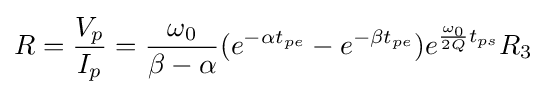
R={\frac {V_{p}}{I_{p}}}={\frac {\omega _{0}}{\beta -\alpha }}(e^{-\alpha t_{pe}}-e^{-\beta t_{pe}})e^{{\frac {\omega _{0}}{2Q}}t_{ps}}R_{3}